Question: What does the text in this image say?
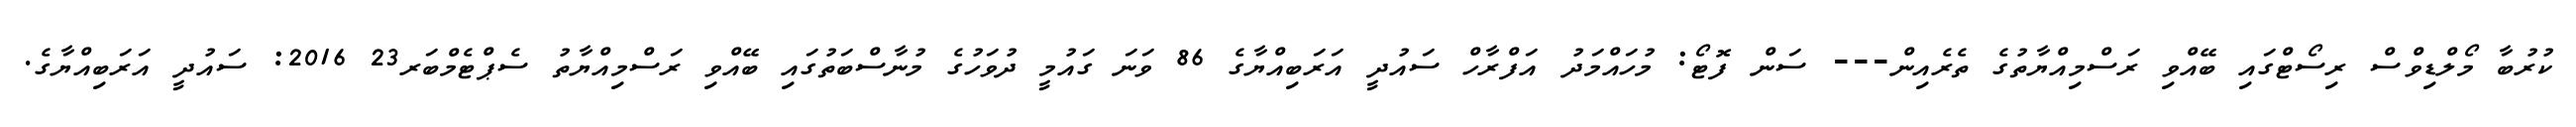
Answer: ކުރުބާ މޯލްޑިވްސް ރިސޯޓްގައި ބޭއްވި ރަސްމިއްޔާތުގެ ތެރެއިން--- ސަން ފޮޓޯ: މުހައްމަދު އަފްރާހް ސައުދީ އަރަބިއްޔާގެ 86 ވަނަ ގައުމީ ދުވަހުގެ މުނާސްބަތުގައި ބޭއްވި ރަސްމިއްޔާތު ސެޕްޓެމްބަރ23 2016: ސައުދީ އަރަބިއްޔާގެ.